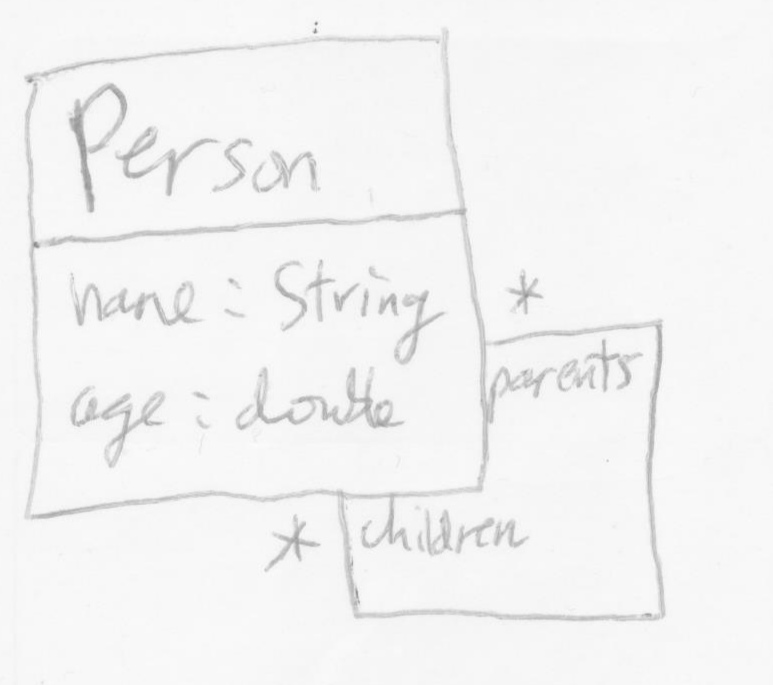
Diagram type: class_diagram
```plantuml
@startuml

class Person {
  name: String
  age: double
}

Person "* parents" -- "* children" Person

@enduml
```